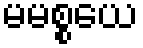
မမစ္စယေ